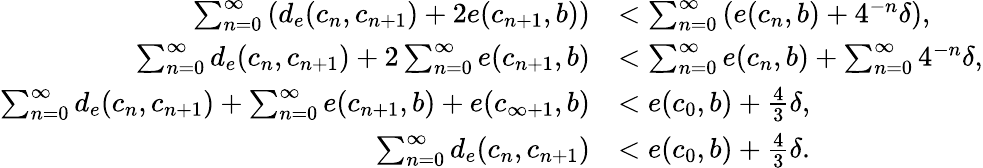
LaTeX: \begin{array}{rl}{\sum_{n=0}^{\infty}\left(d_{e}(c_{n},c_{n+1})+2e(c_{n+1},b)\right)}&{<\sum_{n=0}^{\infty}\left(e(c_{n},b)+4^{-n}\delta\right),}\\ {\sum_{n=0}^{\infty}d_{e}(c_{n},c_{n+1})+2\sum_{n=0}^{\infty}e(c_{n+1},b)}&{<\sum_{n=0}^{\infty}e(c_{n},b)+\sum_{n=0}^{\infty}4^{-n}\delta,}\\ {\sum_{n=0}^{\infty}d_{e}(c_{n},c_{n+1})+\sum_{n=0}^{\infty}e(c_{n+1},b)+e(c_{\infty+1},b)}&{<e(c_{0},b)+\frac{4}{3}\delta,}\\ {\sum_{n=0}^{\infty}d_{e}(c_{n},c_{n+1})}&{<e(c_{0},b)+\frac{4}{3}\delta.}\end{array}